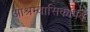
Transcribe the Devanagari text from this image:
आश्रम्वासिकापर्व